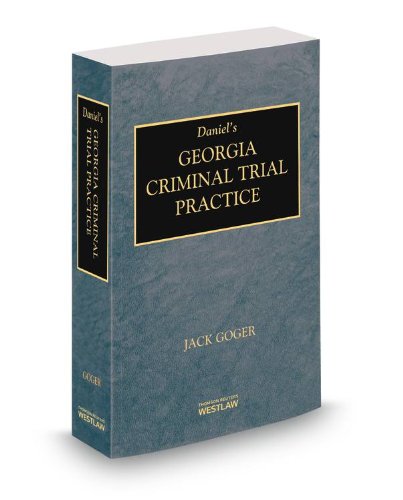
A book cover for Daniel's Georgia Criminal Trial Practice, 2013-2014 ed.; Judge John Goger; Law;